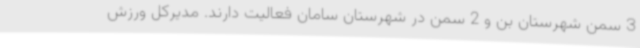
3 سمن شهرستان بن و 2 سمن در شهرستان سامان فعالیت دارند. مدیرکل ورزش